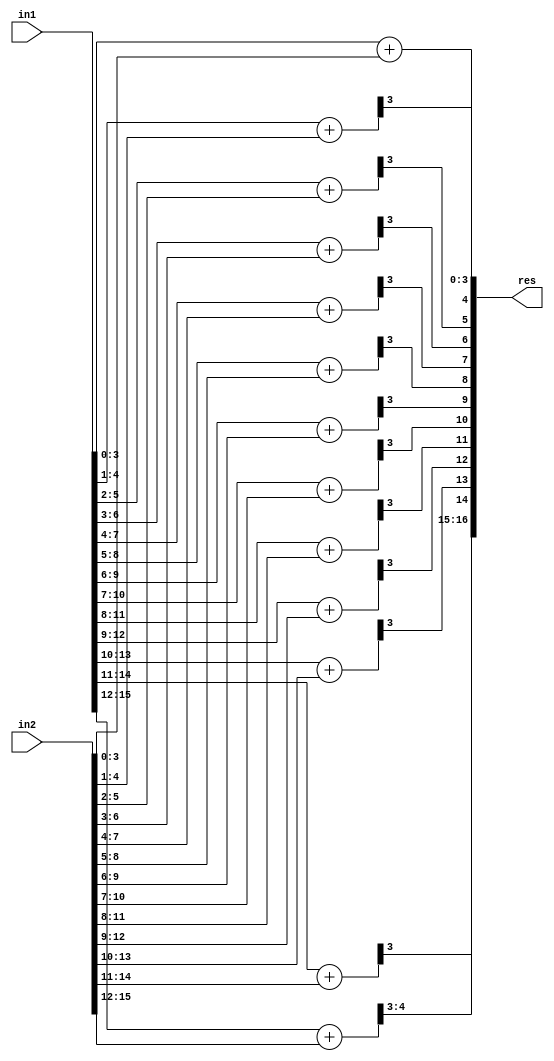
`timescale 1ns / 1ps
//////////////////////////////////////////////////////////////////////////////////
// Company: 
// Engineer: 
// 
// Create Date:    
// Design Name: 
// Module Name:    ACA_I_N16_Q4 
// Project Name: 
// Target Devices: 
// Tool versions: 
// Description: 
//
// Dependencies: 
//
// Revision: 
// Revision 0.01 - File Created
// Additional Comments: 
//
//////////////////////////////////////////////////////////////////////////////////
module ACA_I_N16_Q4(
    input [15:0] in1,
    input [15:0] in2,
    output [16:0] res
    );

wire [4:0] temp1,temp2,temp3,temp4,temp5,temp6,temp7,temp8,temp9,temp10,temp11,temp12,temp13;

assign temp1[4:0] = in1[3:0] + in2[3:0];
assign temp2[4:0] = in1[4:1] + in2[4:1];
assign temp3[4:0] = in1[5:2] + in2[5:2];
assign temp4[4:0] = in1[6:3] + in2[6:3];
assign temp5[4:0] = in1[7:4] + in2[7:4];
assign temp6[4:0] = in1[8:5] + in2[8:5];
assign temp7[4:0] = in1[9:6] + in2[9:6];
assign temp8[4:0] = in1[10:7] + in2[10:7];
assign temp9[4:0] = in1[11:8] + in2[11:8];
assign temp10[4:0] = in1[12:9] + in2[12:9];
assign temp11[4:0] = in1[13:10] + in2[13:10];
assign temp12[4:0] = in1[14:11] + in2[14:11];
assign temp13[4:0] = in1[15:12] + in2[15:12];

assign res[16:0] = {temp13[4:3],temp12[3],temp11[3],temp10[3],temp9[3],temp8[3],temp7[3],temp6[3],temp5[3],temp4[3],temp3[3],temp2[3],temp1[3:0]};

endmodule